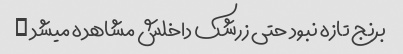
برنج تازه نبود حتی زرشک داخلش مشاهده میشد …